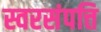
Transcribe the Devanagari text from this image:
स्वरसंपत्ति